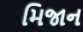
મિજાન